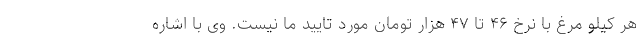
هر کیلو مرغ با نرخ ۴۶ تا ۴۷ هزار تومان مورد تایید ما نیست. وی با اشاره